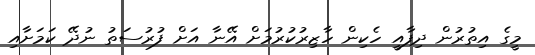
މީގެ އިތުރުން ދިފާއީ ހެކިން ހާޒިރުކުރުމަށް އޭނާ އަށް ފުރުސަތު ނުދޭ ކަމަށާއި